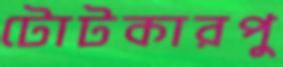
টোটকারপু